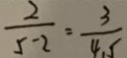
\frac { 2 } { 5 - 2 } = \frac { 3 } { 4 . 5 }